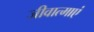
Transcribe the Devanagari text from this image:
जीवात्माएं